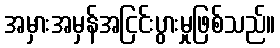
အမှားအမှန်အငြင်းပွားမှုဖြစ်သည်။